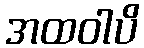
အထဝါပိ